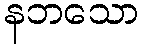
နဘသော